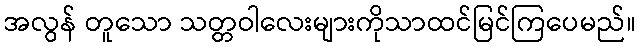
အလွန် တူသော သတ္တဝါလေးများကိုသာထင်မြင်ကြပေမည်။